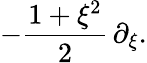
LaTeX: -{\frac{1+\xi^{2}}{2}}\, \partial_{\xi}.